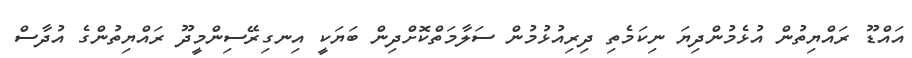
އައްޑޫ ރައްޔިތުން އުޅެމުންދިޔަ ނިކަމެތި ދިރިއުޅުމުން ސަލާމަތްކޮށްދިން ބަޔަކީ އިނގިރޭސިންމީދޫ ރައްޔިތުންގެ އުދާސް